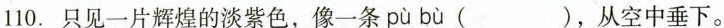
110.只见一片辉煌的淡紫色，像一条 pù bù ( )，从空中垂下。